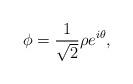
LaTeX: \begin{align*}\phi=\frac{1}{\sqrt{2}}{\rho}e^{i\theta},\end{align*}